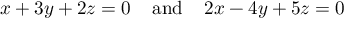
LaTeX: x + 3 y + 2 z = 0 \; \; \; \; { \mathrm { a n d } } \; \; \; \; 2 x - 4 y + 5 z = 0